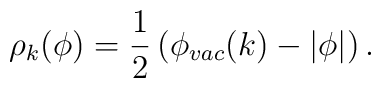
\rho_{k}(\phi)={1\over2}\left(\phi_{vac}(k)-\vert\phi\vert\right).